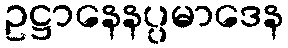
ဥဋ္ဌာနေနပ္ပမာဒေန